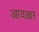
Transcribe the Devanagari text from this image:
आवाक्षर